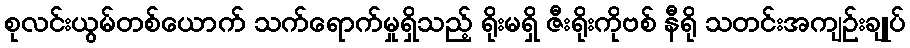
စုလင်းယွမ်တစ်ယောက် သက်ရောက်မှုရှိသည့် ရိုးမရှိ ဇီးရိုးကိုဗစ် နီရို သတင်းအကျဉ်းချုပ်